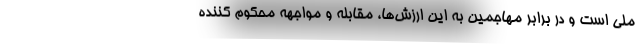
ملی است و در برابر مهاجمین به این ارزش‌ها، مقابله و مواجهه محکوم کننده